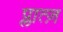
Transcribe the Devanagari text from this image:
प्लात्ज़